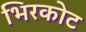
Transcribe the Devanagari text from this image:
भिरकोट